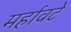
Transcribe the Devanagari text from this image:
मर्हावटे